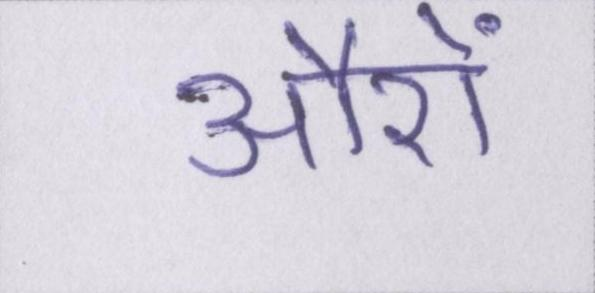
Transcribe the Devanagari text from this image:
औरों